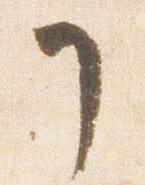
了